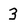
Character: 3